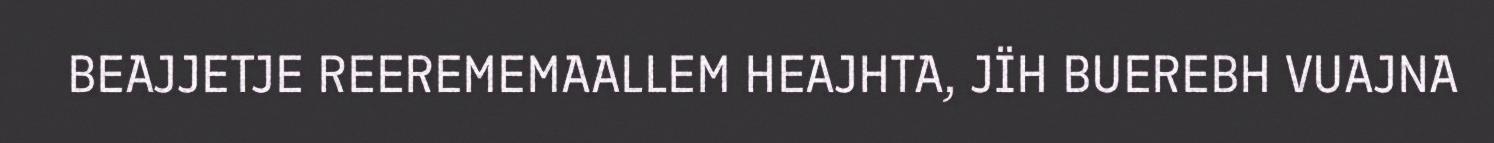
BEAJJETJE REEREMEMAALLEM HEAJHTA, JÏH BUEREBH VUAJNA